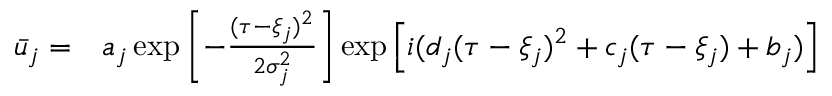
\begin{array} { r l } { \bar { u } _ { j } = } & { { } a _ { j } \exp \left[ - \frac { ( \tau - \xi _ { j } ) ^ { 2 } } { 2 \sigma _ { j } ^ { 2 } } \right] \exp \left[ i ( d _ { j } ( \tau - \xi _ { j } ) ^ { 2 } + c _ { j } ( \tau - \xi _ { j } ) + b _ { j } ) \right] } \end{array}